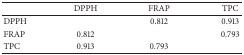
|  | DPPH | FRAP | TPC |
 | --- | --- | --- | --- |
 | DPPH |  | 0.812 | 0.913 |
 | FRAP | 0.812 |  | 0.793 |
 | TPC | 0.913 | 0.793 |  |